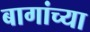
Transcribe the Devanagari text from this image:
बागांच्या